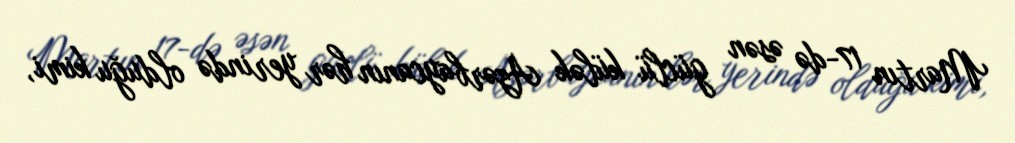
Martın 17-də əsən güclü külək Azərbaycanın hər yerində olduğu kimi,